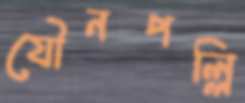
যৌনপল্লি